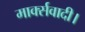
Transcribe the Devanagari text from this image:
मार्क्सवादी।